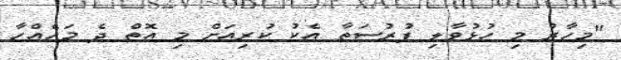
"މިހާރު މި ހުޅުވާލި ފުރުސަތާ އެކު ކުރިއަށް މި އޮތް ދެ މަހެއްހާ